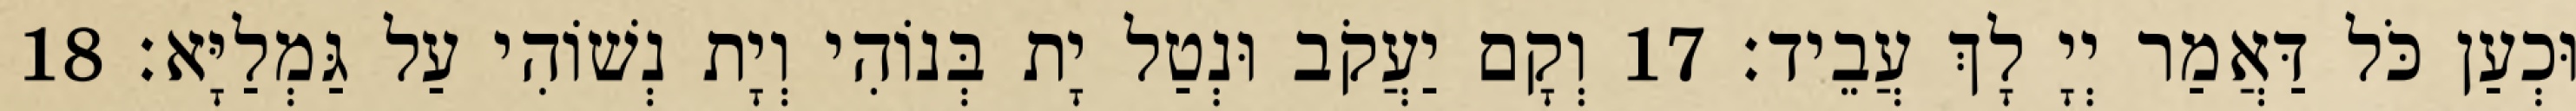
וּכְעַן כֹּל דַּאֲמַר יְיָ לָךְ עֲבֵיד׃ 17 וְקָם יַעֲקֹב וּנְטַל יָת בְּנוֹהִי וְיָת נְשׁוֹהִי עַל גַּמְלַיָּא׃ 18